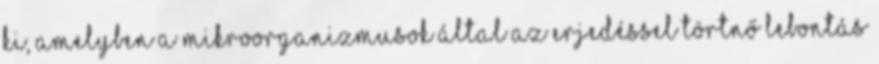
ki, amelyben a mikroorganizmusok által az erjedéssel törtnő lebontás